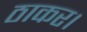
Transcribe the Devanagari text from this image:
ठाकर।